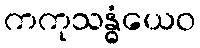
ကကုသန္ဓံယေဝ